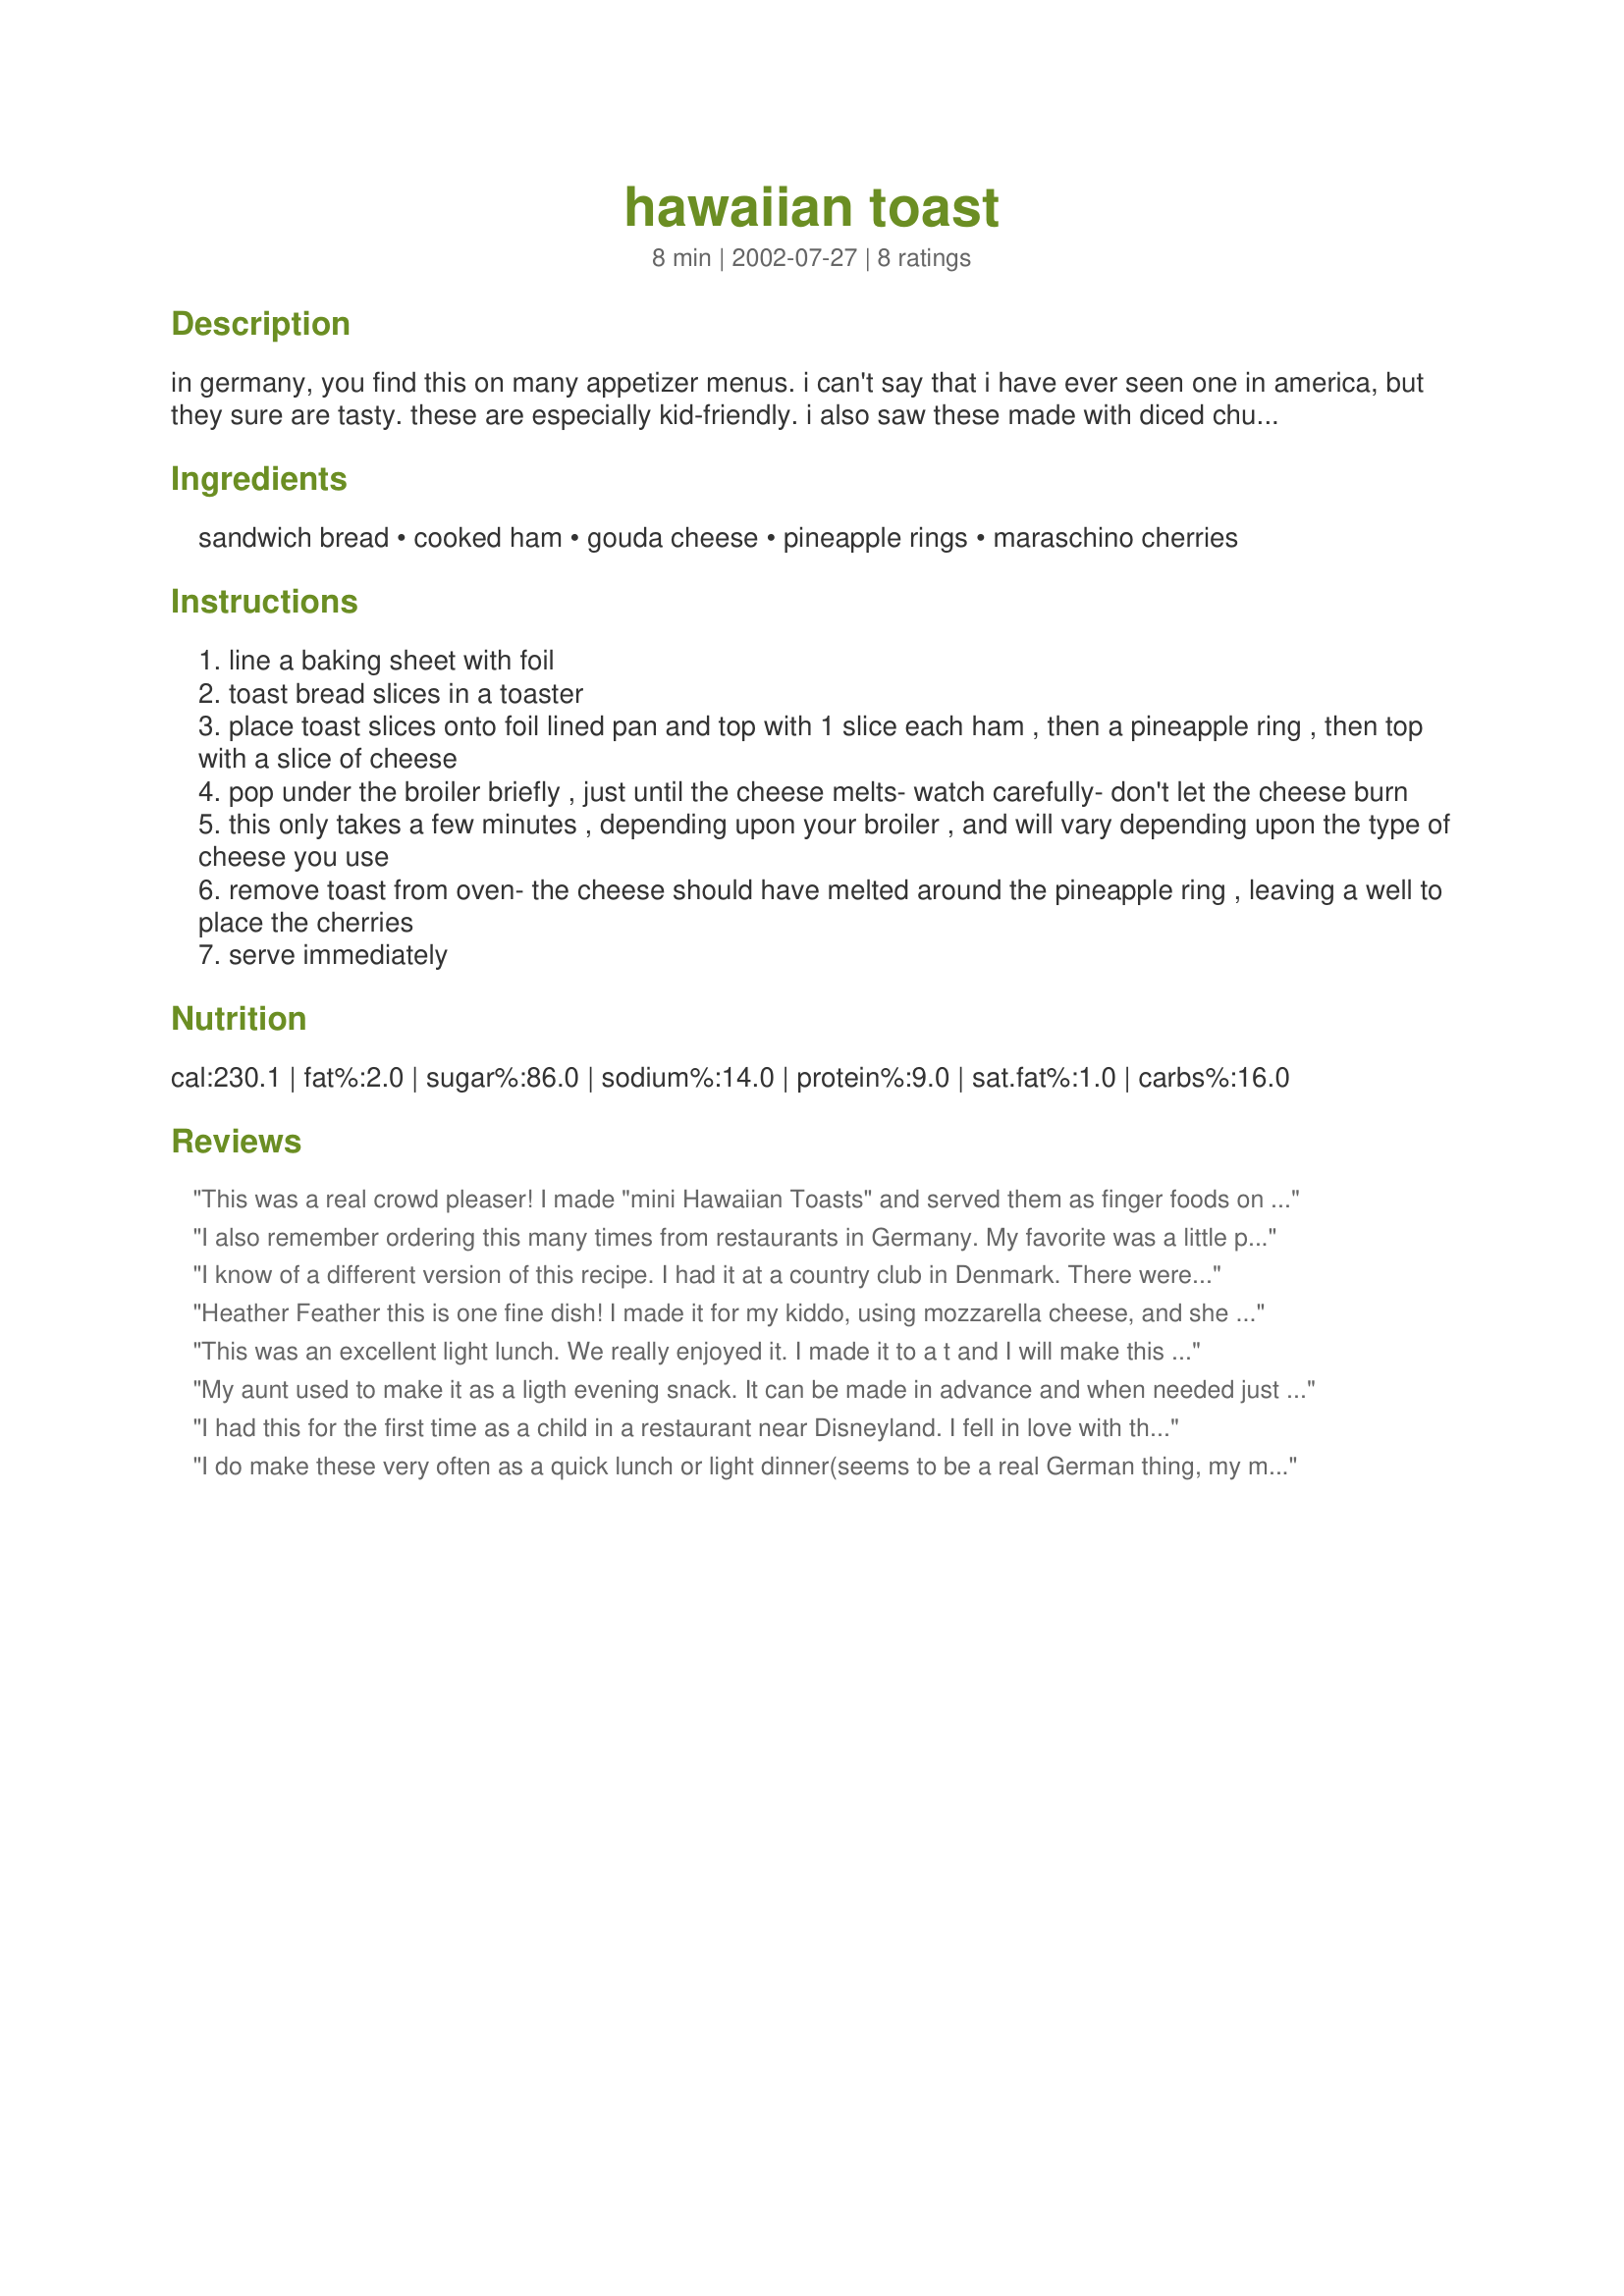
hawaiian toast
Preparation time: 8 minutes

in germany, you find this on many appetizer menus. i can't say that i have ever seen one in america, but they sure are tasty. these are especially kid-friendly. i also saw these made with diced chunks of ham and pineapple and shredded cheese on crusty rolls. french bread is really nice for these. any bread will work as long as it is sturdy enough to hold the toppings.

Ingredients:
sandwich bread, cooked ham, gouda cheese, pineapple rings, maraschino cherries

Steps:
line a baking sheet with foil
toast bread slices in a toaster
place toast slices onto foil lined pan and top with 1 slice each ham , then a pineapple ring , then top with a slice of cheese
pop under the broiler briefly , just until the cheese melts- watch carefully- don't let the cheese burn
this only takes a few minutes , depending upon your broiler , and will vary depending upon the type of cheese you use
remove toast from oven- the cheese should have melted around the pineapple ring , leaving a well to place the cherries
serve immediately

Reviews:
This was a real crowd pleaser! 
I made "mini Hawaiian Toasts" and served them as finger foods on a platter. I cut the bread into quarters (and the meat, cheese and pineapple rings) and then used toothpicks to hold everything together. 
Also, I used German flag toothpicks. It was so tasty and colorful. Not to mention it was super easy to prepare. Huge hit! I will make these again.
I also remember ordering this many times from restaurants in Germany. My favorite was a little place in Ansbach, Germany that we would get this and their famous cheese soup that they served in bread bowls. This is such comfort food for me, completely authentic. It brought back many memories, thank you.
I know of a different version of this recipe. I had it at a country club in Denmark. There were no marischino cherries, but there were slices of Tomatoes.
Heather Feather this is one fine dish! I made it for my kiddo, using mozzarella cheese, and she loved it (first the cuteness, then the yumminess.) She said she wouldn't change a thing and when asked for a rating, she gave it a 5 1/2. I snuck a bite and thought it was a wonderful flavor combination, and secretly wanted to finish it off!
This was an excellent light lunch. We really enjoyed it. I made it to a t and I will make this again! Thanks!
My aunt used to make it as a ligth evening snack. It can be made in advance and when needed just place it into the preheated oven. Not the broiler.
For my daughter I omitted the 
pineapple, but everyone else just loved it. I only use cherries sometimes. Try it.
I had this for the first time as a child in a restaurant near Disneyland. I fell in love with the dish and ordered it every day we were there (I begged to return to the same place repeatedly.)

I've made it with cheddar and no cherries, and it's still good - an excellent quick sandwich. I've also grilled the bread rather than toasting it, and that's good too.
I do make these very often as a quick lunch or light dinner(seems to be a real German thing, my mum used to make these when I was a kid the same way), though I use either butter or mayonaise on the toast before putting the ham etc. on.And I don't use the cherry since We don't use them so often in other recipes. It is great anyways and my kids, who don't usually eat pineapple, eat it in this one. Definetely kidfriendly.
